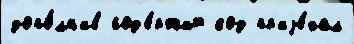
допо́лн'ив сод'е́ржит код пр'иjе́хал